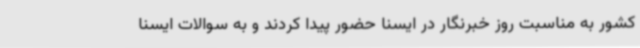
کشور به مناسبت روز خبرنگار در ایسنا حضور پیدا کردند و به سوالات ایسنا